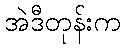
အဲဒီတုန်းက